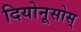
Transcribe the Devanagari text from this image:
दियोनूसोस्